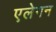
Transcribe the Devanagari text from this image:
एलेगन